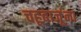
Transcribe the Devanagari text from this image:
चहूबाजूंना